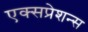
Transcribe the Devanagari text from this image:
एक्सप्रेशन्स